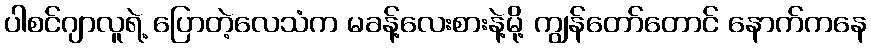
ပါစင်ဂျာလူရဲ့ ပြောတဲ့လေသံက မခန့်လေးစားနဲ့မို့ ကျွန်တော်တောင် နောက်ကနေ